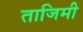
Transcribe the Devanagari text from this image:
ताजिमी